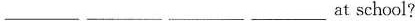
___ ___ ___ ___at school?